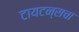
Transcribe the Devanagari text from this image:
टायटन्सचा